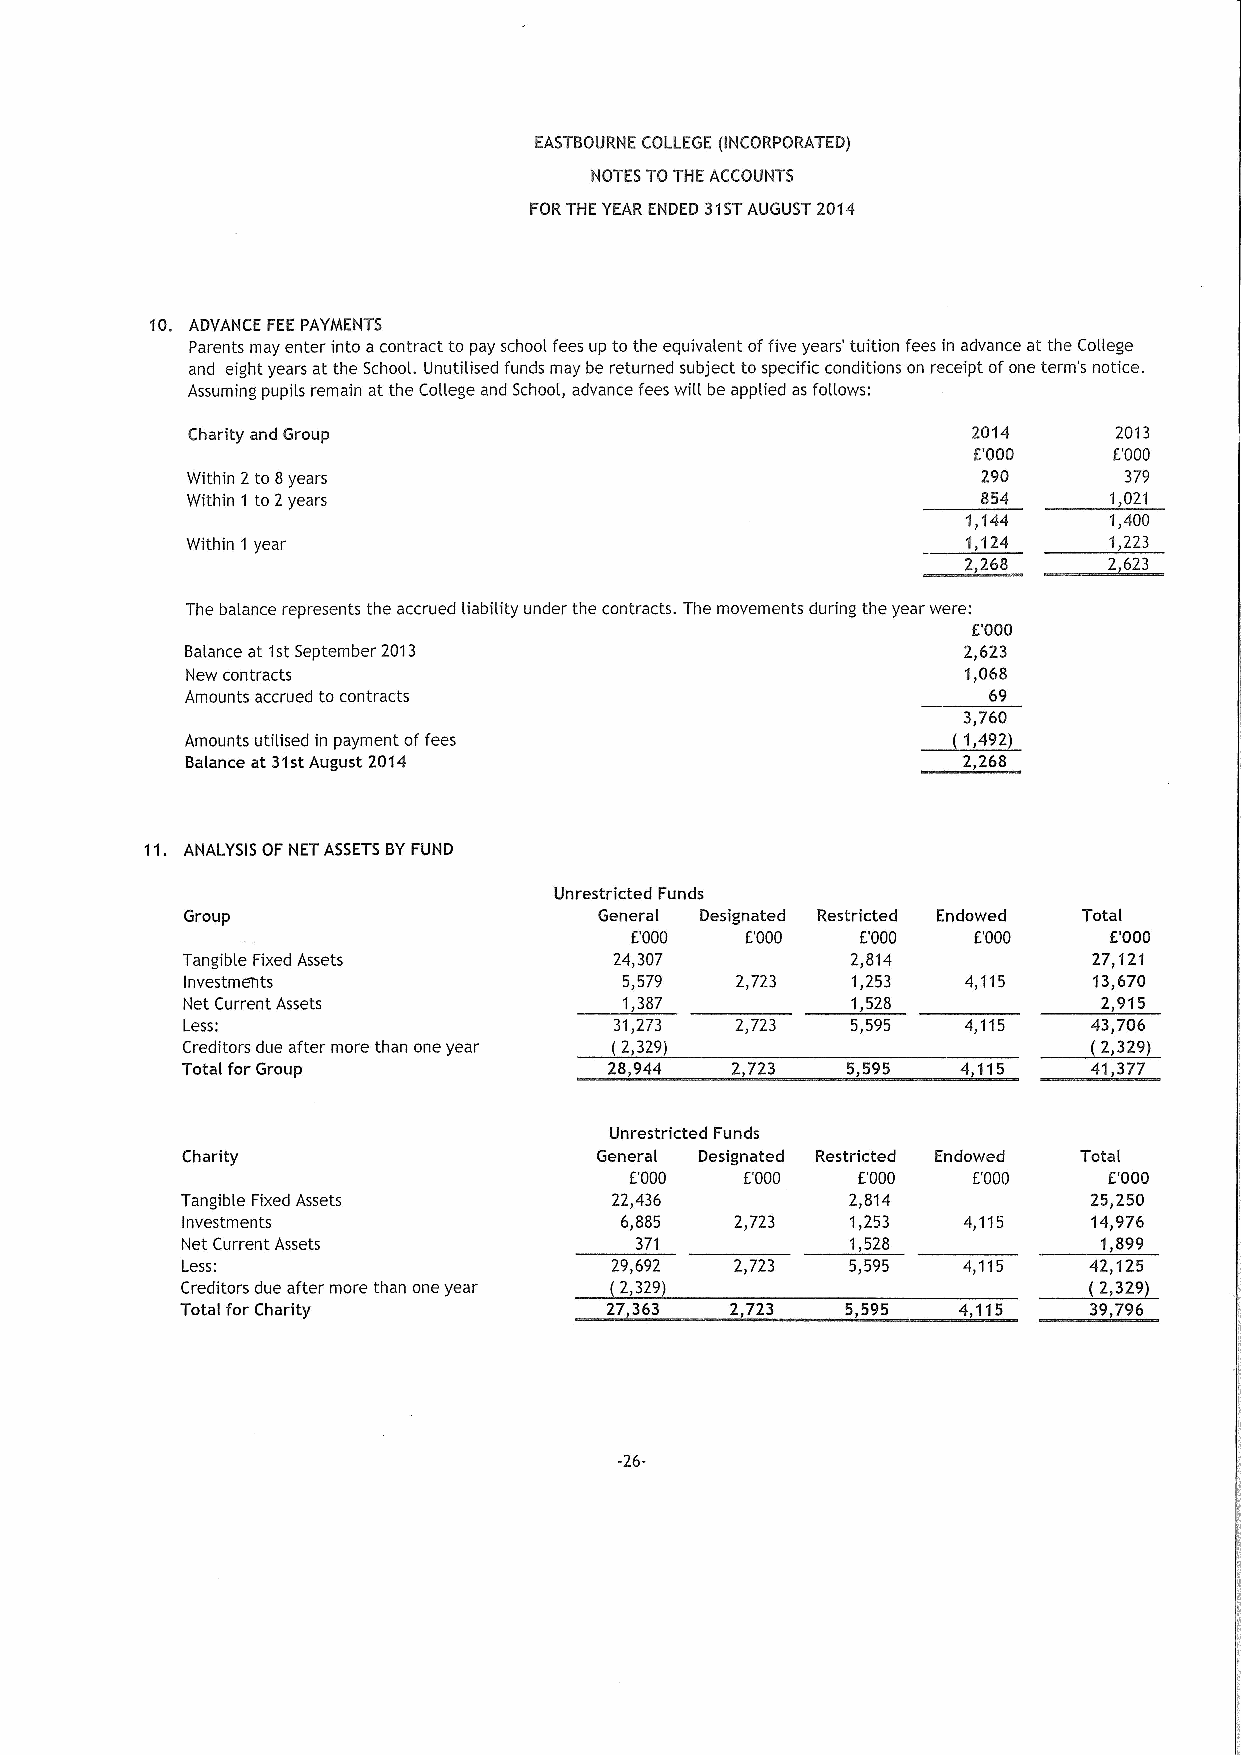
EASTBOURNE COLLEGE (INCORPORATED)
 NOTES TOTHE ACCOUNTS
 FORTHE YEAR ENDED 31STAUGUST 2014
 10. ADVANCE FEEPAYMENTS
 Parents may enter into acontract to pay school fees up to the equivalent offive years' tuition fees in advance at the College
 and eight years at the School. Unutilised funds may be returned subject to specific conditions on receipt ofone term's notice.
 Assuming pupils remain at the Cogege and School, advance fees will be applied as follows:
 Charity and Group                                   2014      2013
 E'000     E'000
 Within 2to 8years                                    290      379
 Within 1 to 2years                                   854     1,021
 1&144    1&400
 Within 1 year                                       1,124    1&223
 2,268    2,623
 The balance represents the accrued liability under the contracts. The movements during the year were:
 E'000
 Balance at 1stSeptember 2013                        2,623
 New contracts                                       1,068
 Amounts accrued to contracts                         69
 ~33,,760
 Amounts utilised in payment offees                   492&
 Balance at 31stAugust 2014                          2,268
 11. ANALYSIS OF NET ASSETSBYFUND
 Unrestricted Funds
 Group                       General Designated Restricted Endowed Total
 E'000  E'000   E'000  f.'000   E'000
 Tangible Fixed Assets        24,307         2,814           27 121
 Investments                  5,579   2,723  1,253   4,115   13,670
 Net Current Assets           1,387          1,528            2,915
 ~2,
 Less:                        31,273  2&723  5,595   4,115   43,706
 Creditors due after more than one year (2,329)                329
 Total for Group             28,944  2,723   5,595   4,115   41,377
 Unrestricted Funds
 Charity                    General Designated Restricted Endowed Total
 E.'000 E'000   f.'000 E'000    E'000
 Tangible Fixed Assets       22,436          2,814           25,250
 Investments                  6,885   2,723  1,253   4,115   14,976
 Net Current Assets            371           1,528            1,899
 Less:                       29,692   2&723  5,595   4,115 ~(242,,125
 Creditors due after more than one year (2,329)                329
 Total for Charity           27,363  2 723   5,595  4,115    39,796
 -26-